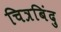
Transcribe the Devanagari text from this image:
चित्रबिंदु